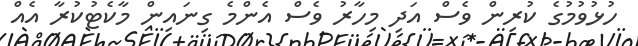
ހުޅުވުމުގެ ކުރިން ވެސް އަދި މިހާރު ވެސް އެންމެ ގިނައިން މާކެޓުކުރާ އެއް